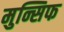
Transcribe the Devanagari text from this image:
मुन्सिफ